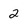
Character: 2